Indian journal of veterinary science and animal husbandry - Volume 2,
Year: 1932
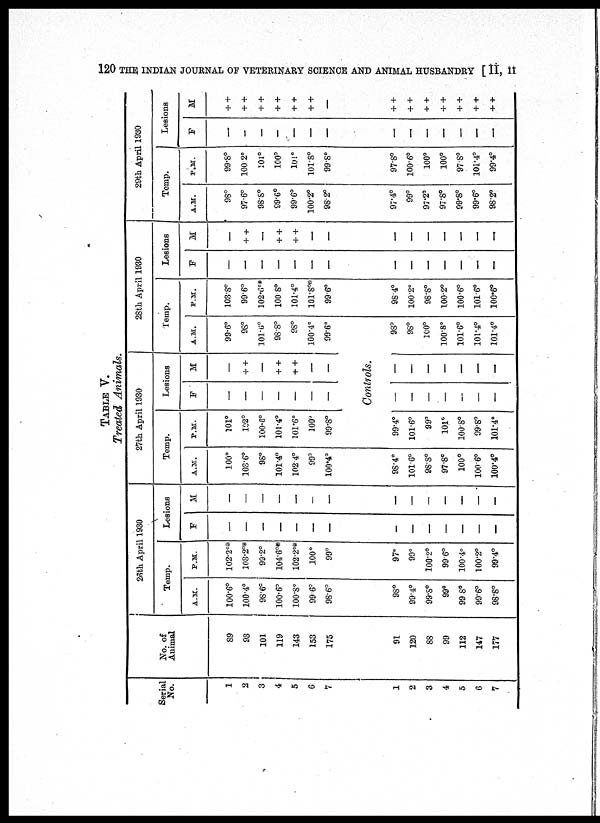
120 THE INDIAN JOURNAL OF VETERNARY SCIENCE AND ANIMAL HUSBANDRY [ II, II
TABLE V.
Treated Animals.
Serial
No.
1
2
3
4
5
6
7
No. of
Animal
89
93
101
119
143
153
175
26th April 1930
Temp.
A.M.
100.6°
100.4°
98.6°
100.8°
100.8°
99.6°
98.6°
P.M.
102.2°*
108.2°*
99.2°
104.6°*
102.2°*
100°
99°
Lesions
F
—
—
—
—
—
—
—
M
—
—
—
—
—
—
—
27th April 1980
Temp.
A.M.
100°
103.6°
98°
101.4°
102.4°
99°
100.4°
1
2
3
4
5
8
7
91
120
88
99
112
147
177
98°
99.4°
99.8°
99°
99.8°
99.6°
98.8°
97°
99°
100.2°
99.6°
100.4°
100.2°
99.4°
—
—
—
—
—
—
—
—
—
—
—
—
—
—
98.4°
101.6°
98.8°
97.8°
100°
100.6°
100.4°
P.M.
101°
102°
100.6°
101.4°
101.6°
100°
99.8°
Lesions
F
—
—
—
—
—
—
—
M
—
++
—
+ +
++
—
—
28th April 1980
Temp,
A.M.
99.6°
98°
101.6°
98.8°
98°
100.4°
99.6°
Controls.
99.4°
101.6°
99°
101°
100.8°
99.8°
101.4°
—
—
—
—
—
—
—
—
—
—
—
—
—
—
98°
98°
100°
100.8°
101.6°
101.4°
101.4°
P.M.
103.8°
99.6°
102.6°*
100.8°
101.4°
101.8°*
99.6°
lesions
F
—
—
—
—
—
—
—
M
+ +
—
+ +
+ +
—
—
29th April 1980
Temp.
A.M.
98°
97.6°
98.8°
99.6°
99.6°
100.2°
98.2.
P.M.
99.8°
100 2°
101°
100°
101°
101.8°
99.8°
Lesions
F.
—
—
—
—
—
—
—
M
++
+ +
++
++
+ +
++
—
98.4°
100.2°
98.8°
100.2°
100.6°
101.6°
100.6°
—
—
—
—
—
—
—
—
—
—
—
—
—
—
97.4°
99°
97.2°
97.8°
99.8°
99.6°
98.2°
97.8°
100.6°
100°
100°
97.8°
101.4°
99.4°
—
—
—
—
—
—
—
++
++
++
+ +
+ +
+ +
+ +